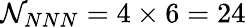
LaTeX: \mathcal{N}_{NNN}=4\times 6=24